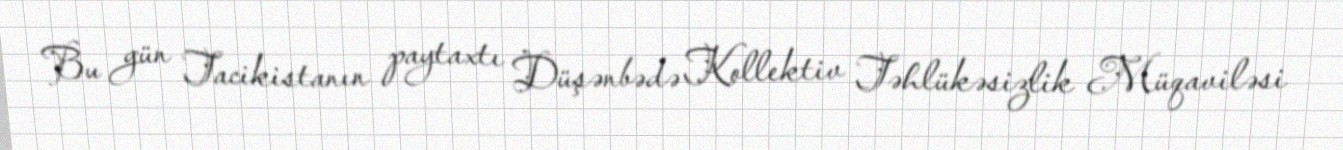
Bu gün Tacikistanın paytaxtı Düşənbədə Kollektiv Təhlükəsizlik Müqaviləsi